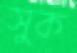
সুক